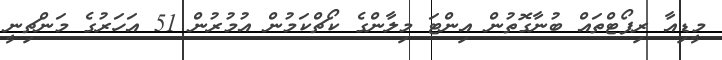
މީޑިއާ ރިޕޯޓްތައް ބުނާގޮތުން އިންޓަ މިލާންގެ ކޯޗްކަމުން އުމުރުން 51 އަހަރުގެ މަންޗިނީ